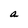
Character: a